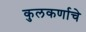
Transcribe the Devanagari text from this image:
कुलकर्णाचे